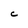
Character: C